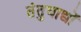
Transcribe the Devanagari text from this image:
तंतुवाद्यों